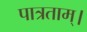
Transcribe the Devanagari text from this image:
पात्रताम्।